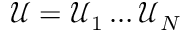
\mathcal { U } = \mathcal { U } _ { 1 } \dots \mathcal { U } _ { N }